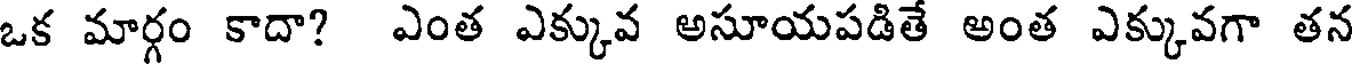
ఒక మార్గం కాదా? ఎంత ఎక్కువ అసూయపడితే అంత ఎక్కువగా తన